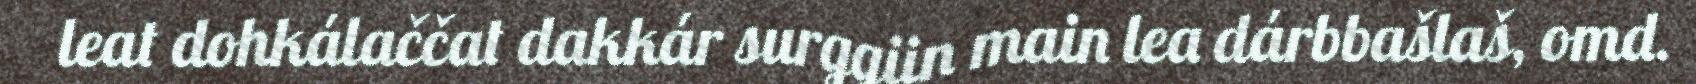
leat dohkálaččat dakkár surggiin main lea dárbbašlaš, omd.